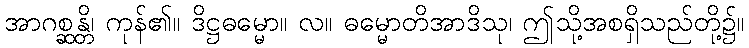
အာဂစ္ဆန္တိ၊ ကုန်၏။ ဒိဋ္ဌဓမ္မော။ လ။ ဓမ္မောတိအာဒိသု၊ ဤသို့အစရှိသည်တို့၌။